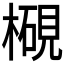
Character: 𱤓